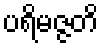
ပရိမဇ္ဇတိ